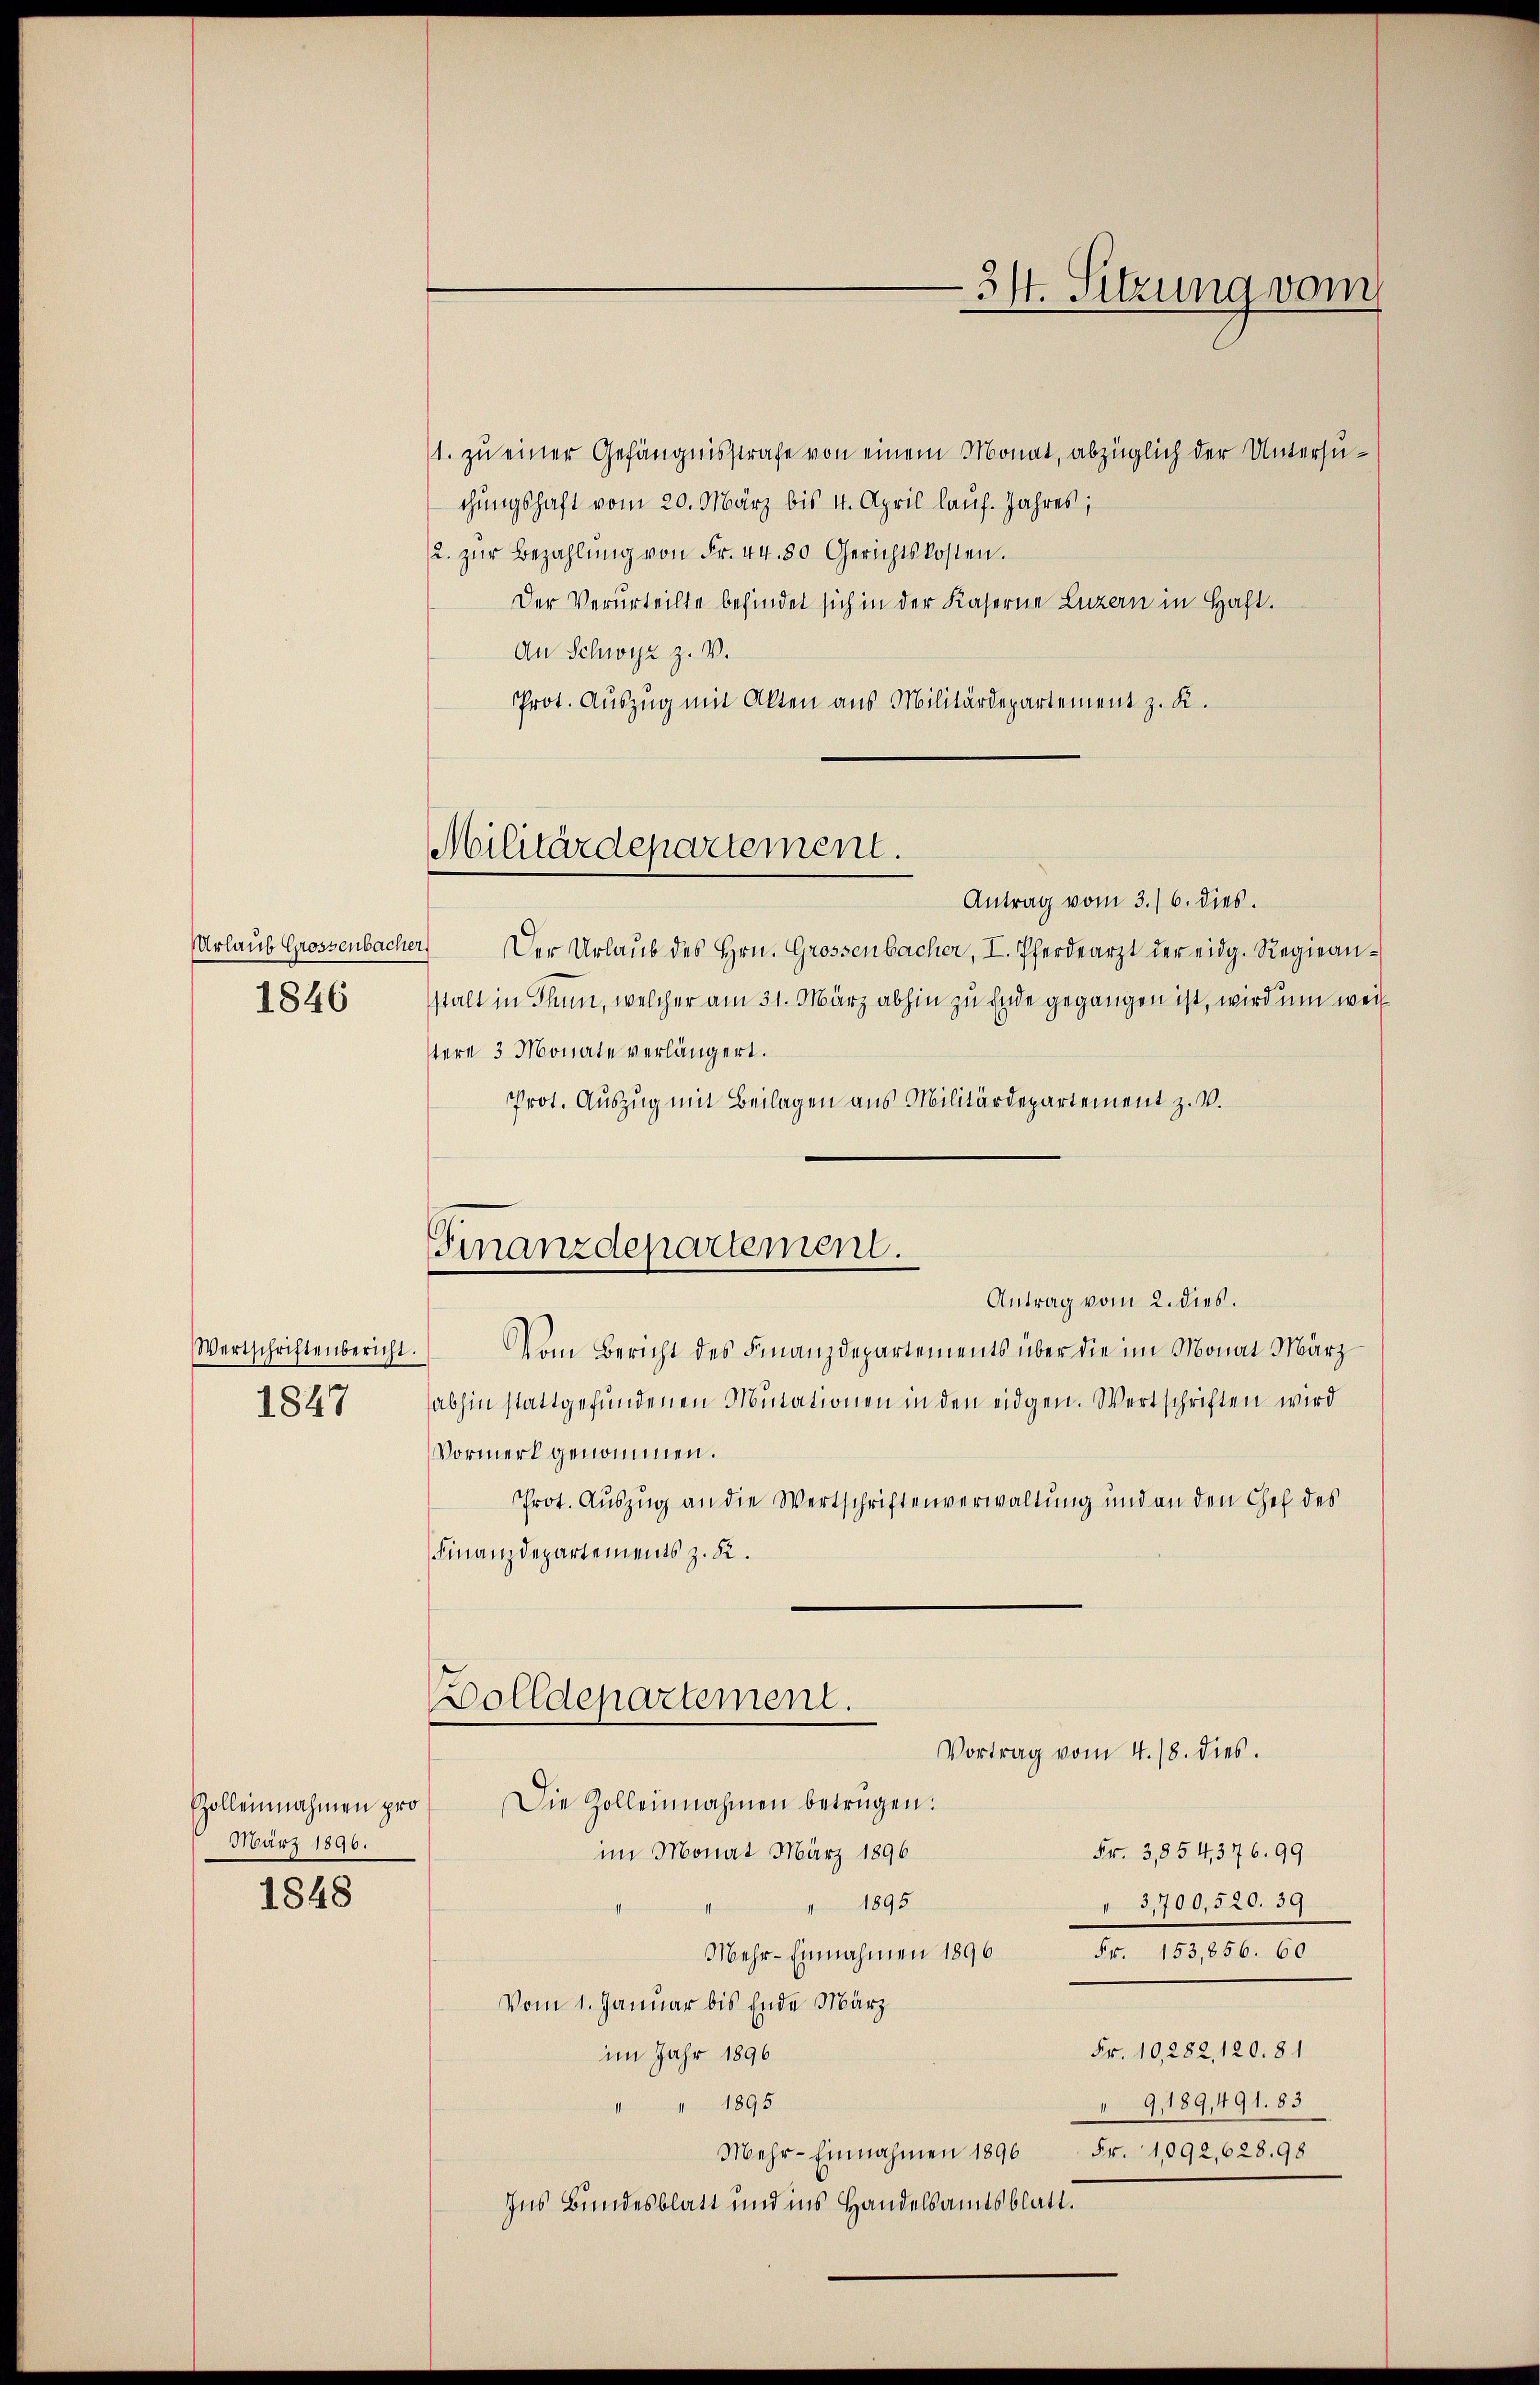
Urlaub Grossenbache
1846

Wertschriftenbericht.
1847

Zolleinnahmen pro
März 1896.
1848

Militärdepartement.

Finanzdepartement.

1. zu einer Gefängnisstrafe von einem Monat, abzüglich der Untersuchungshaft vom 20. März bis 4. April lauf. Jahres;
2. zŭr Bezahlŭng von Fr. 44. 50 Gerichtskosten.
Der Verurteilte befindet sich in der Kaserne Luzern in Haft.
An Schwyz z. V.
Prot. Auszug mit Akten aus Militärdepartement z. K.
Antrag vom 3./6. dies.
Der Urlaub des Hrn. Grossenbacher, I. Pferdearzt der eidg. Regienstalt in Thun, welcher am 31. März abhin zu Ende gegangen ist, wird um weil
tern 3 Monate verlängert.
Prot. Auszug mit Beilagen aus Militärdepartement z. V.
Antrag vom 2. dies.
Vom Bericht des Finanzdepartements über die im Monat März
abhin stattgefundenen Mutationen in den eidgen. Wertschriften wird
Vormerk genommen.
Prot. Auszug an die Wertschriftenverwaltung und an den Chef des
Finanzdepartements z. B.
Bolldepartement.
Vortrag vom 4. 18. dies
Die Zolleinnahmen betrügen:
im Monat März 1896
54. 3,854,376. 99
" 1895
 3,700,520. 39
Wochen Ermahnung 1890 Fr. 1891,150. 60
Vom 1. Januar bis Ende März
Fr. 10,282, 120. 81
im Jahr 1896
" 1895
9,189,491. 83
Mehr-Einnahmen 1896 Fr. 1092,628. 98
Ins Bundesblatt und ins Handelsamtsblatt.

34. Sitzung vom